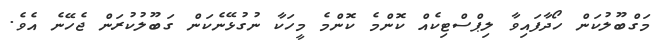
މަގްބޫލުކަން ހޯދާފައިވާ ލިޕްސްޓިކެއް ކޮންމެ ކޮންމެ މީހަކާ ނުގުޅޭނެކަން ގަބޫލުކުރަން ޖެހޭނެ އެވެ.